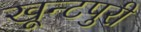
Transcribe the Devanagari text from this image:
खून्टपुरी